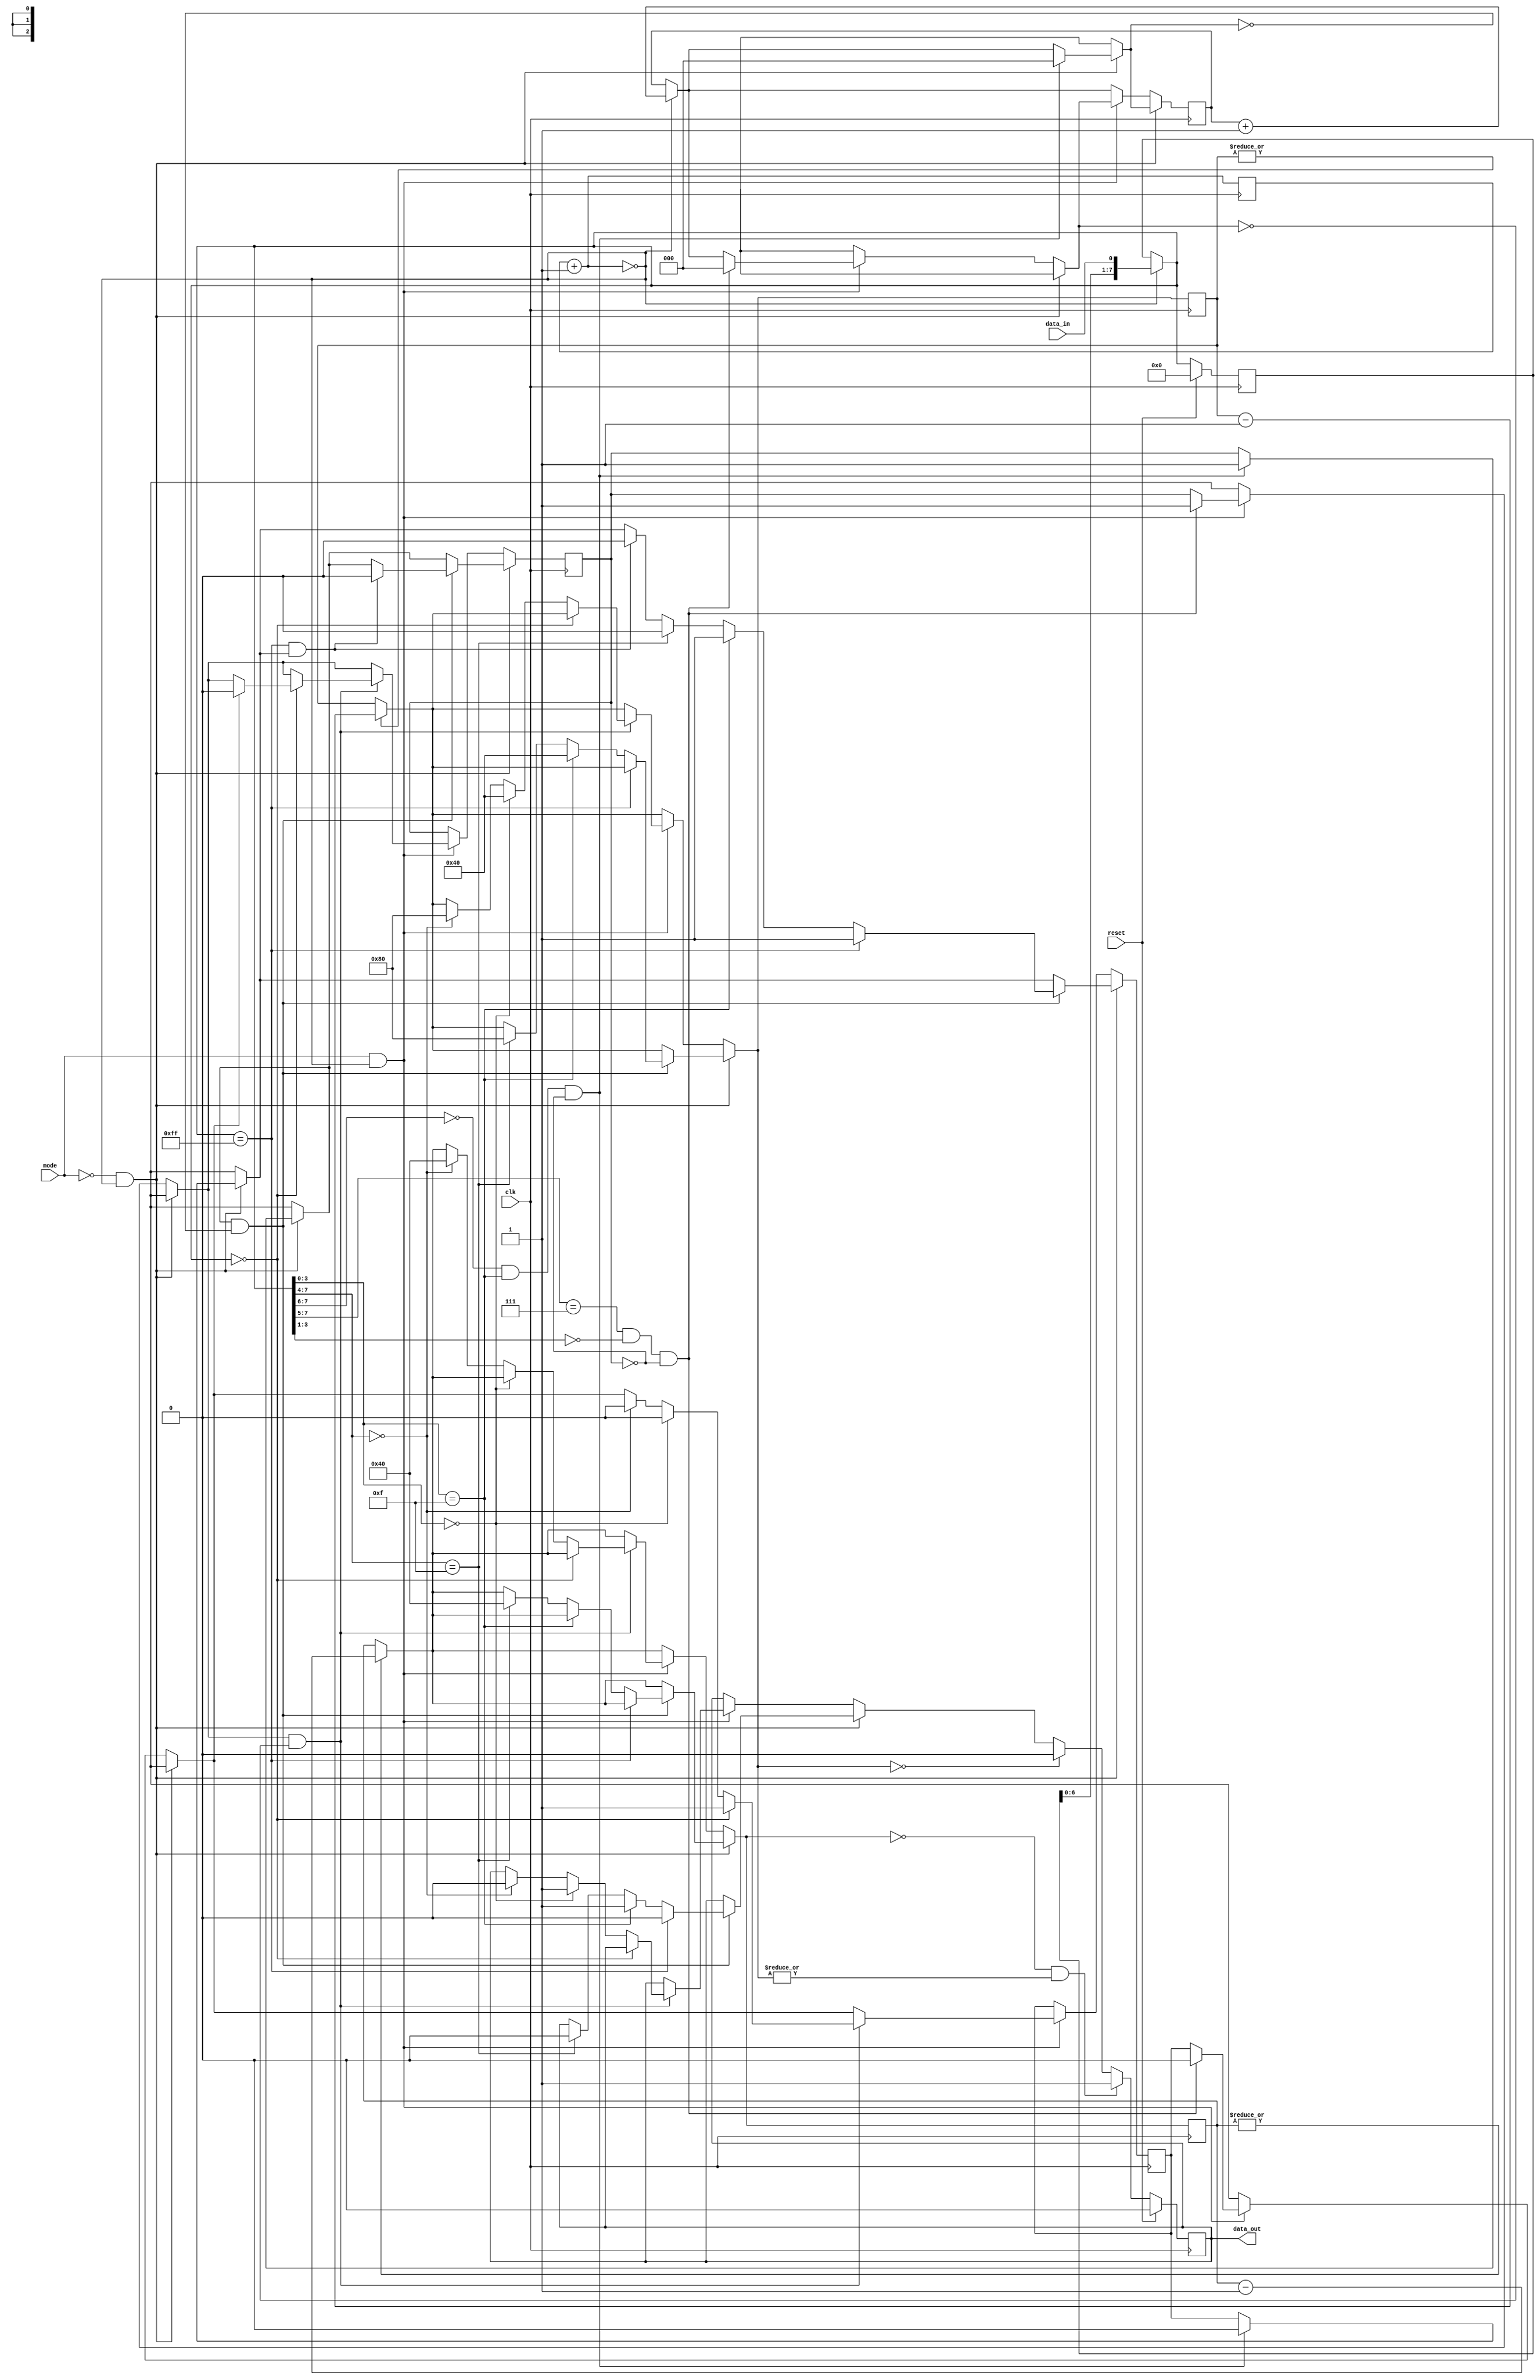
module relay_encode(
    clk,
    reset,
    mode,
    data_in,
    data_out
);
    input clk, reset, mode, data_in;
    output data_out;

    reg [0:0] data_out = 1'b0;

    reg [7:0] buffer_in = 8'b0;
    reg [7:0] data_out_counter = 8'b0;
    reg [6:0] data_out_delay_counter = 7'b0;

    reg [2:0] bit_counter = 3'b0;
    reg [0:0] comm_active = 1'b0;
    reg [0:0] received_zero = 1'b0;

    reg [3:0] counter = 4'b0;

    always @(posedge clk)
    begin
        // encode
        counter = counter + 1;

        if (counter[3:0] == 4'b0)
        begin
            bit_counter = bit_counter + 1;
            buffer_in = {buffer_in[6:0], data_in};
        end

        if (|data_out_counter == 1'b1)
            data_out_counter = data_out_counter - 1;

        if (|data_out_delay_counter == 1'b1)
            data_out_delay_counter = data_out_delay_counter - 1;

        if (mode == 1'b0 && counter[3:0] == 4'b0) // encode (and demodulate) reader data
        begin
            // start of comm
            if (buffer_in[7:6] == 2'b0 && buffer_in[3:0] == 4'hf && comm_active == 1'b0)
            begin
                bit_counter = 3'b0;
                comm_active = 1'b1;
                received_zero = 1'b0;
            end

            if (comm_active == 1'b1 && bit_counter == 3'b0)
            begin
                // end of comm
                if (buffer_in == 8'hff && received_zero == 1'b1)
                begin
                    comm_active = 1'b0;
                    received_zero = 1'b0;
                end
                // 0xff => 0x00
                if (buffer_in == 8'hff)
                begin
                    data_out = 1'b0;
                    received_zero = 1'b1;
                end
                // 0xXf => 0xc0
                else if (buffer_in[3:0] == 4'hf)
                begin
                    data_out_counter = 8'b1000000;
                    data_out = 1'b1;
                    received_zero = 1'b1;
                end
                // 0xfX => 0x0c
                else if (buffer_in[7:4] == 4'hf)
                begin
                    data_out_delay_counter = 7'b1000000;
                    data_out_counter = 8'b10000000;
                    data_out = 1'b0;
                    received_zero = 1'b0;
                end
            end
        end
        else if (mode == 1'b1 && counter[3:0] == 4'b0)
        begin
            // start of comm
            if (buffer_in[7:5] == 3'b111 && buffer_in[3:1] == 3'b0 && comm_active == 1'b0)
            begin
                bit_counter = 3'b0;
                comm_active = 1'b1;
                received_zero = 1'b0;
            end

            if (comm_active == 1'b1 && bit_counter == 3'b0)
            begin
                // end of comm
                if (buffer_in == 8'h00)
                begin
                    if (received_zero == 1'b1)
                        comm_active = 1'b0;
                    received_zero = 1'b1;
                end
                // 0xX0 => 0xf0
                else if (buffer_in[3:0] == 4'h0)
                begin
                    data_out_counter = 8'b1000000;
                    data_out = 1'b1;
                    received_zero = 1'b0;
                end
                // 0x0X => 0x0f
                else if (buffer_in[7:4] == 4'h0)
                begin
                    data_out_delay_counter = 7'b1000000;
                    data_out_counter = 8'b10000000;
                    data_out = 1'b0;
                    received_zero = 1'b0;
                end
            end
        end

        if (data_out_counter == 8'b0)
            data_out = 1'b0;

        if (data_out_delay_counter == 7'b0 && |data_out_counter == 1'b1)
            data_out = 1'b1;

        // reset
        if (reset == 1'b1)
        begin
            buffer_in = 8'b0;
            data_out = 1'b0;
        end
    end

endmodule